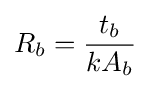
R_{b}={\frac {t_{b}}{kA_{b}}}